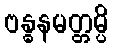
ဗန္ဓနမတ္တမ္ပိ